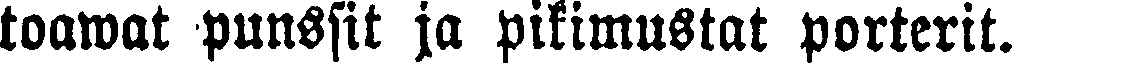
toawat punssit ja pikimustat porterit.